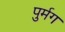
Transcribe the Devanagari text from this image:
पुर्मग